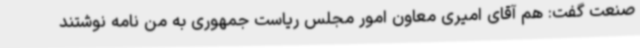
صنعت گفت: هم آقای امیری معاون امور مجلس ریاست جمهوری به من نامه نوشتند